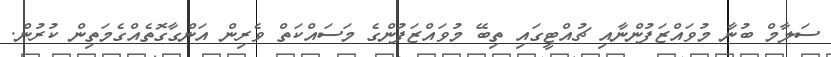
ސަލާމް ބުނާ މުވައްޒަފުންނާއި ޗުއްޓީގައި ތިބޭ މުވައްޒަފުންގެ މަސައްކަތް ވެރިން އަންގާގޮތެއްގެމަތިން ކުރުން.